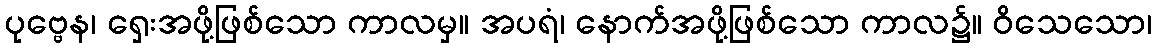
ပုဗ္ဗေန၊ ရှေးအဖို့ဖြစ်သော ကာလမှ။ အပရံ၊ နောက်အဖို့ဖြစ်သော ကာလ၌။ ဝိသေသော၊